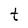
Character: t